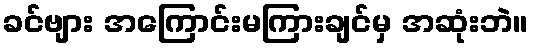
ခင်ဗျား အကြောင်းမကြားချင်မှ အဆုံးဘဲ။